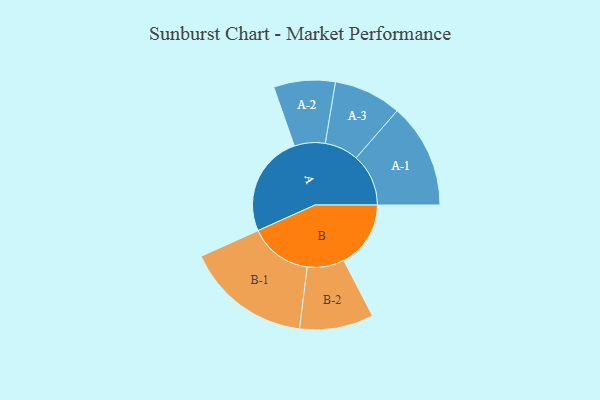
{"axis": {"x": "Segment", "y": "Value"}, "legend": ["", "A", "B"], "data": [{"x": "A", "y": 390, "type": ""}, {"x": "B", "y": 257, "type": ""}, {"x": "A-1", "y": 201, "type": "A"}, {"x": "A-2", "y": 118, "type": "A"}, {"x": "A-3", "y": 130, "type": "A"}, {"x": "B-1", "y": 241, "type": "B"}, {"x": "B-2", "y": 142, "type": "B"}]}